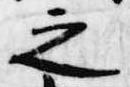
之